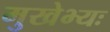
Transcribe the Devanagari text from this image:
मुखेभ्यः